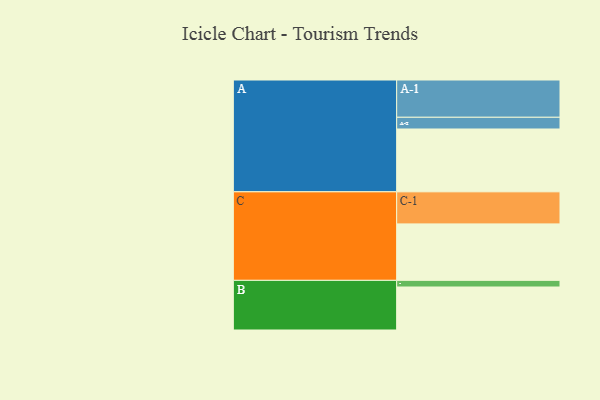
{"axis": {"x": "Segment", "y": "Value"}, "legend": ["", "A", "B", "C"], "data": [{"x": "A", "y": 472, "type": ""}, {"x": "B", "y": 323, "type": ""}, {"x": "C", "y": 424, "type": ""}, {"x": "A-1", "y": 280, "type": "A"}, {"x": "A-2", "y": 88, "type": "A"}, {"x": "B-1", "y": 50, "type": "B"}, {"x": "C-1", "y": 241, "type": "C"}]}